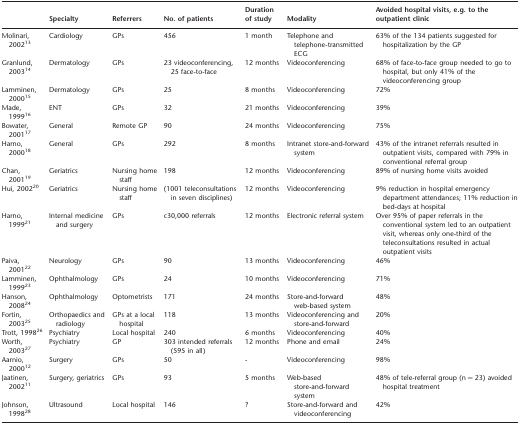
<table><thead><tr><td></td><td><b>Specialty</b></td><td><b>Referrers</b></td><td><b>No. of patients</b></td><td><b>Duration of study</b></td><td><b>Modality</b></td><td><b>Avoided hospital visits, e.g. to the outpatient clinic</b></td></tr></thead><tbody><tr><td>Molinari, 2002<sup>13</sup></td><td>Cardiology</td><td>GPs</td><td>456</td><td>1 month</td><td>Telephone and telephone-transmitted ECG</td><td>63% of the 134 patients suggested for hospitalization by the GP</td></tr><tr><td>Granlund, 2003<sup>14</sup></td><td>Dermatology</td><td>GPs</td><td>23 videoconferencing, 25 face-to-face</td><td>12 months</td><td>Videoconferencing</td><td>68% of face-to-face group needed to go to hospital, but only 41% of the videoconferencing group</td></tr><tr><td>Lamminen, 2000<sup>15</sup></td><td>Dermatology</td><td>GPs</td><td>25</td><td>8 months</td><td>Videoconferencing</td><td>72%</td></tr><tr><td>Made, 1999<sup>16</sup></td><td>ENT</td><td>GPs</td><td>32</td><td>21 months</td><td>Videoconferencing</td><td>39%</td></tr><tr><td>Bowater, 2001<sup>17</sup></td><td>General</td><td>Remote GP</td><td>90</td><td>24 months</td><td>Videoconferencing</td><td>75%</td></tr><tr><td>Harno, 2000<sup>18</sup></td><td>General</td><td>GPs</td><td>292</td><td>8 months</td><td>Intranet store-and-forward system</td><td>43% of the intranet referrals resulted in outpatient visits, compared with 79% in conventional referral group</td></tr><tr><td>Chan, 2001<sup>19</sup></td><td>Geriatrics</td><td>Nursing home staff</td><td>198</td><td>12 months</td><td>Videoconferencing</td><td>89% of nursing home visits avoided</td></tr><tr><td>Hui, 2002<sup>20</sup></td><td>Geriatrics</td><td>Nursing home staff</td><td>(1001 teleconsultations in seven disciplines)</td><td>12 months</td><td>Videoconferencing</td><td>9% reduction in hospital emergency department attendances; 11% reduction in bed-days at hospital</td></tr><tr><td>Harno, 1999<sup>21</sup></td><td>Internal medicine and surgery</td><td>GPs</td><td>c30,000 referrals</td><td>12 months</td><td>Electronic referral system</td><td>Over 95% of paper referrals in the conventional system led to an outpatient visit, whereas only one-third of the teleconsultations resulted in actual outpatient visits</td></tr><tr><td>Paiva, 2001<sup>22</sup></td><td>Neurology</td><td>GPs</td><td>90</td><td>13 months</td><td>Videoconferencing</td><td>46%</td></tr><tr><td>Lamminen, 1999<sup>23</sup></td><td>Ophthalmology</td><td>GPs</td><td>24</td><td>10 months</td><td>Videoconferencing</td><td>71%</td></tr><tr><td>Hanson, 2008<sup>24</sup></td><td>Ophthalmology</td><td>Optometrists</td><td>171</td><td>24 months</td><td>Store-and-forward web-based system</td><td>48%</td></tr><tr><td>Fortin, 2003<sup>25</sup></td><td>Orthopaedics and radiology</td><td>GPs at a local hospital</td><td>118</td><td>13 months</td><td>Videoconferencing and store-and-forward</td><td>20%</td></tr><tr><td>Trott, 1998<sup>26</sup></td><td>Psychiatry</td><td>Local hospital</td><td>240</td><td>6 months</td><td>Videoconferencing</td><td>40%</td></tr><tr><td>Worth, 2003<sup>27</sup></td><td>Psychiatry</td><td>GP</td><td>303 intended referrals (595 in all)</td><td>12 months</td><td>Phone and email</td><td>24%</td></tr><tr><td>Aarnio, 2000<sup>12</sup></td><td>Surgery</td><td>GPs</td><td>50</td><td>-</td><td>Videoconferencing</td><td>98%</td></tr><tr><td>Jaatinen, 2002<sup>11</sup></td><td>Surgery, geriatrics</td><td>GPs</td><td>93</td><td>5 months</td><td>Web-based store-and-forward system</td><td>48% of tele-referral group (n = 23) avoided hospital treatment</td></tr><tr><td>Johnson, 1998<sup>28</sup></td><td>Ultrasound</td><td>Local hospital</td><td>146</td><td>?</td><td>Store-and-forward and videoconferencing</td><td>42%</td></tr></tbody></table>